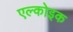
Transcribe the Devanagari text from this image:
एल्कोइक